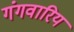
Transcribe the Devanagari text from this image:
गंगवारिय